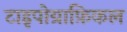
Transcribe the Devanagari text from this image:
टाइपोग्राफ़िकल